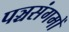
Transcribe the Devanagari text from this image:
पञ्चसंगमों